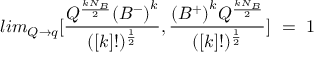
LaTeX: l i m _ { Q \to q } [ { { \frac { Q ^ { \frac { k N _ { B } } { 2 } } { ( B ^ { - } ) } ^ { k } } { ( [ k ] ! ) ^ { \frac { 1 } { 2 } } } } , { { \frac { { ( B ^ { + } ) } ^ { k } Q ^ { { \frac { k N _ { B } } { 2 } } } } { ( [ k ] ! ) ^ { \frac { 1 } { 2 } } } } } } ] ~ = ~ 1